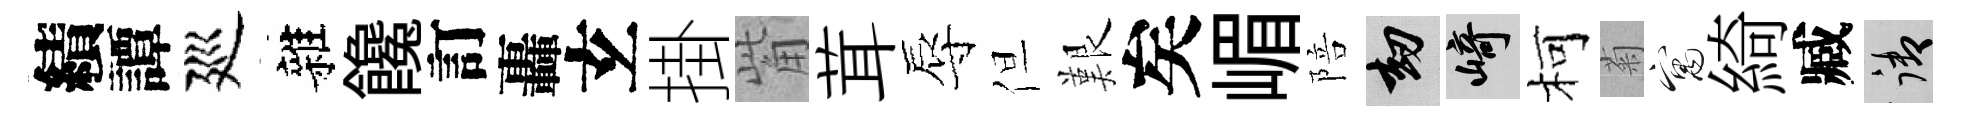
績譚廵雜饞訂轟𤣥掛觜茸辱但艱矣嵋陪劫崎柯菊寓綺臧御